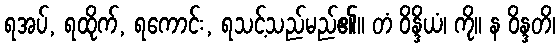
ရအပ်, ရထိုက်, ရကောင်း, ရသင့်သည်မည်၏။ တံ ဝိန္ဒိယံ၊ ကို။ န ဝိန္ဒတိ၊